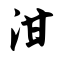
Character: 泔